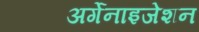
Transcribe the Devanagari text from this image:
अर्गेनाइजेशन